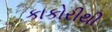
કાકોરીથી